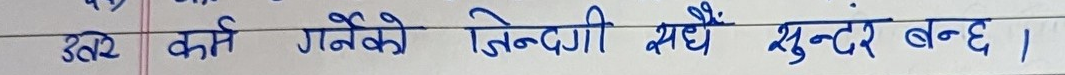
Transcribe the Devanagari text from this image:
उत्तर कर्म गर्नेको जिन्दगी सधैं सुन्दर बन्छ ।